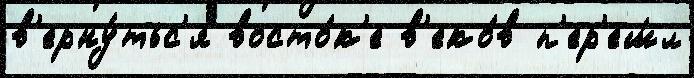
в'ерну́тьс'я восто́к'е в'еко́в п'ер'еш́л